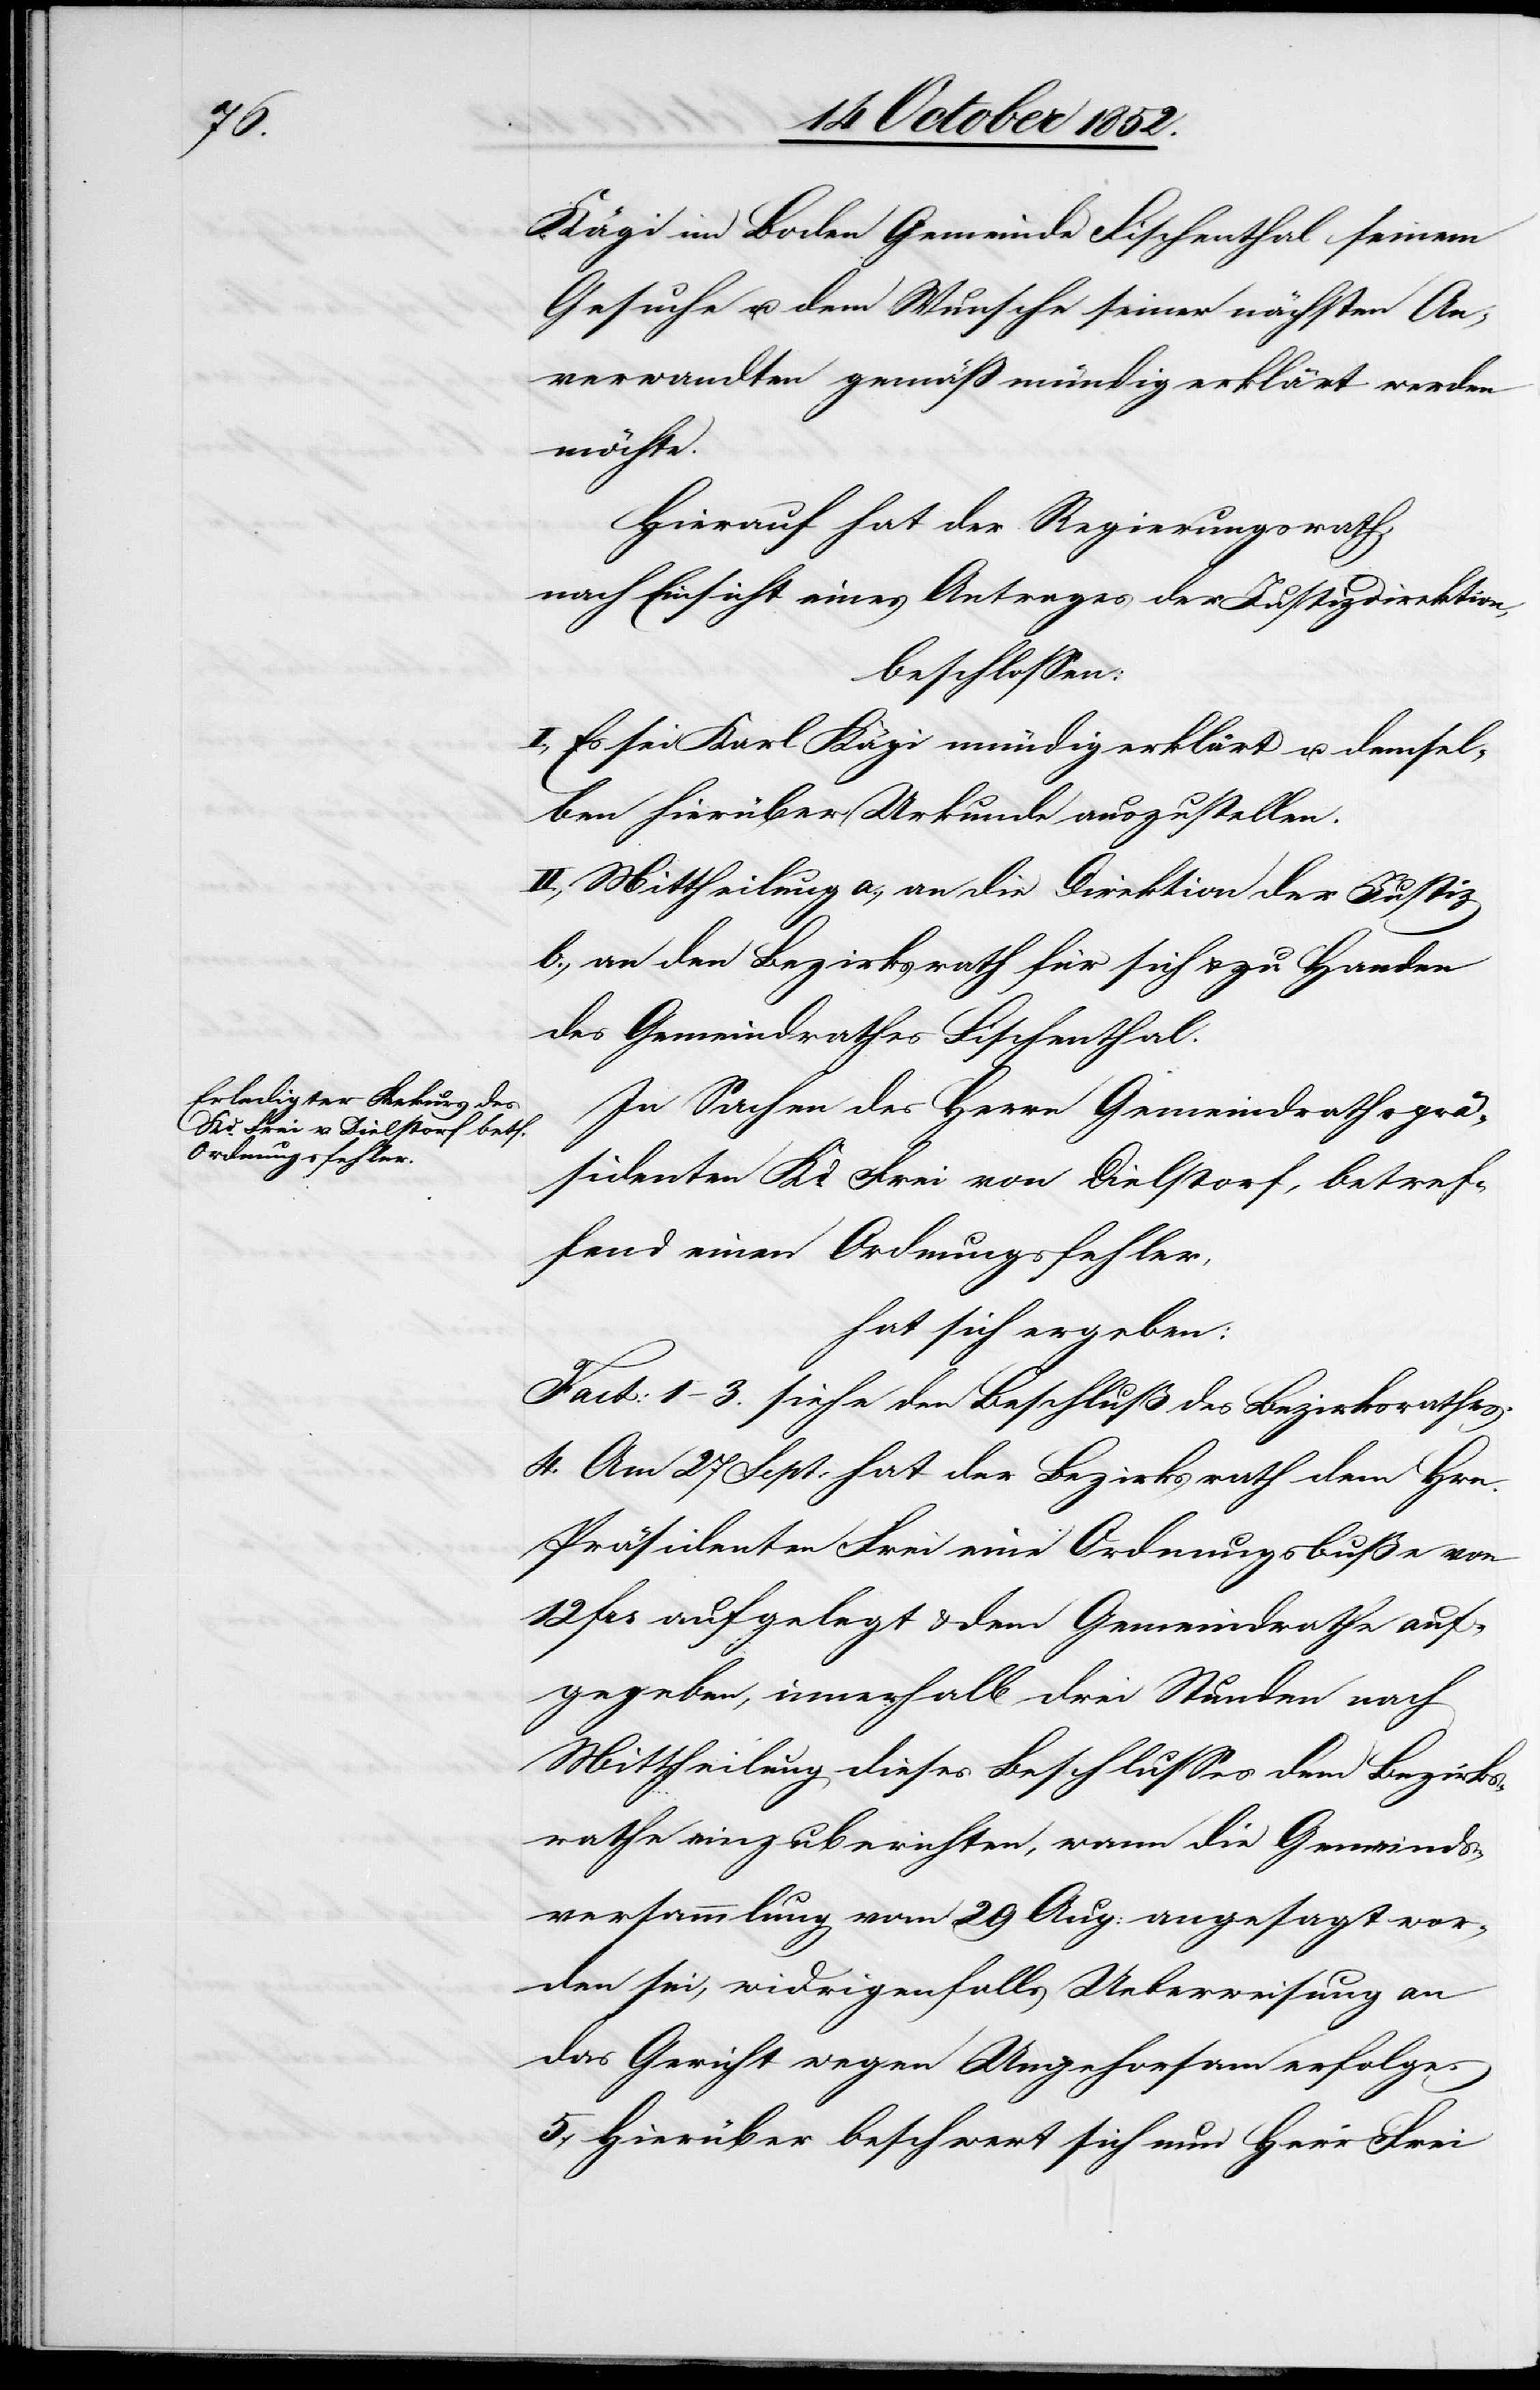
Kägi im Boden Gemeinde Fischenthal seinem
Gesuche u. dem Wunsche seiner nächsten An¬
verwandten gemäß mündig erklärt werden
möchte.
Hierauf hat der Regierungsrath,
nach Einsicht eines Antrages der Justizdirektion,
beschlossen:
I., Es sei Karl Kägi mündig erklärt u. demsel¬
ben hierüber Urkunde auszustellen.
II., Mittheilung a., an die Direktion der Justiz
b., an den Bezirksrath für sich & zu Handen
des Gemeindrathes Fischenthal.
In Sachen des Herrn Gemeindrathsprä¬
sidenten Kd. Frei von Dielstorf, betref¬
fend einen Ordnungsfehler,
hat sich ergeben:
Fact: 1–3. siehe den Beschluß des Bezirksrathes.
4. Am 27 Sept: hat der Bezirksrath dem Hrn.
Präsidenten Frei eine Ordnungsbuße von
12 Frs aufgelegt & dem Gemeindrathe auf¬
gegeben, innerhalb drei Stunden nach
Mittheilung dieses Beschlusses dem Bezirks¬
rathe einzuberichten, wann die Gemeinds¬
versammlung vom 29 Aug: angesagt wor¬
den sei, widrigenfalls Ueberweisung an
das Gericht wegen Ungehorsam erfolge.
5., Hierüber beschwert sich nun Herr Frei